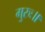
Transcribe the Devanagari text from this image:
गुरुः॥